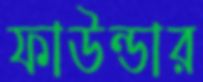
ফাউন্ডার